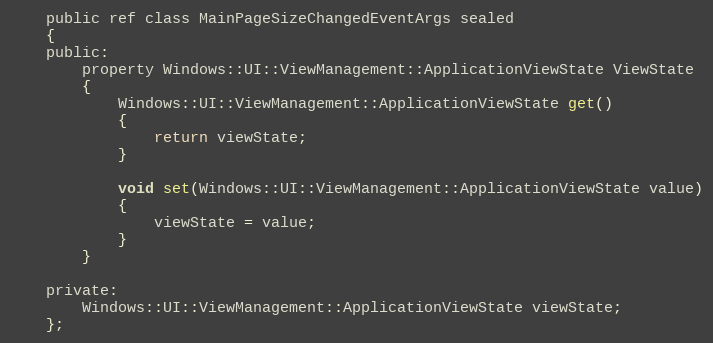
Language: C
    public ref class MainPageSizeChangedEventArgs sealed
    {
    public:
        property Windows::UI::ViewManagement::ApplicationViewState ViewState
        {
            Windows::UI::ViewManagement::ApplicationViewState get()
            {
                return viewState;
            }

            void set(Windows::UI::ViewManagement::ApplicationViewState value)
            {
                viewState = value;
            }
        }

    private:
        Windows::UI::ViewManagement::ApplicationViewState viewState;
    };